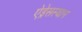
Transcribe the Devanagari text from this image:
ऐड्रेसस्थान